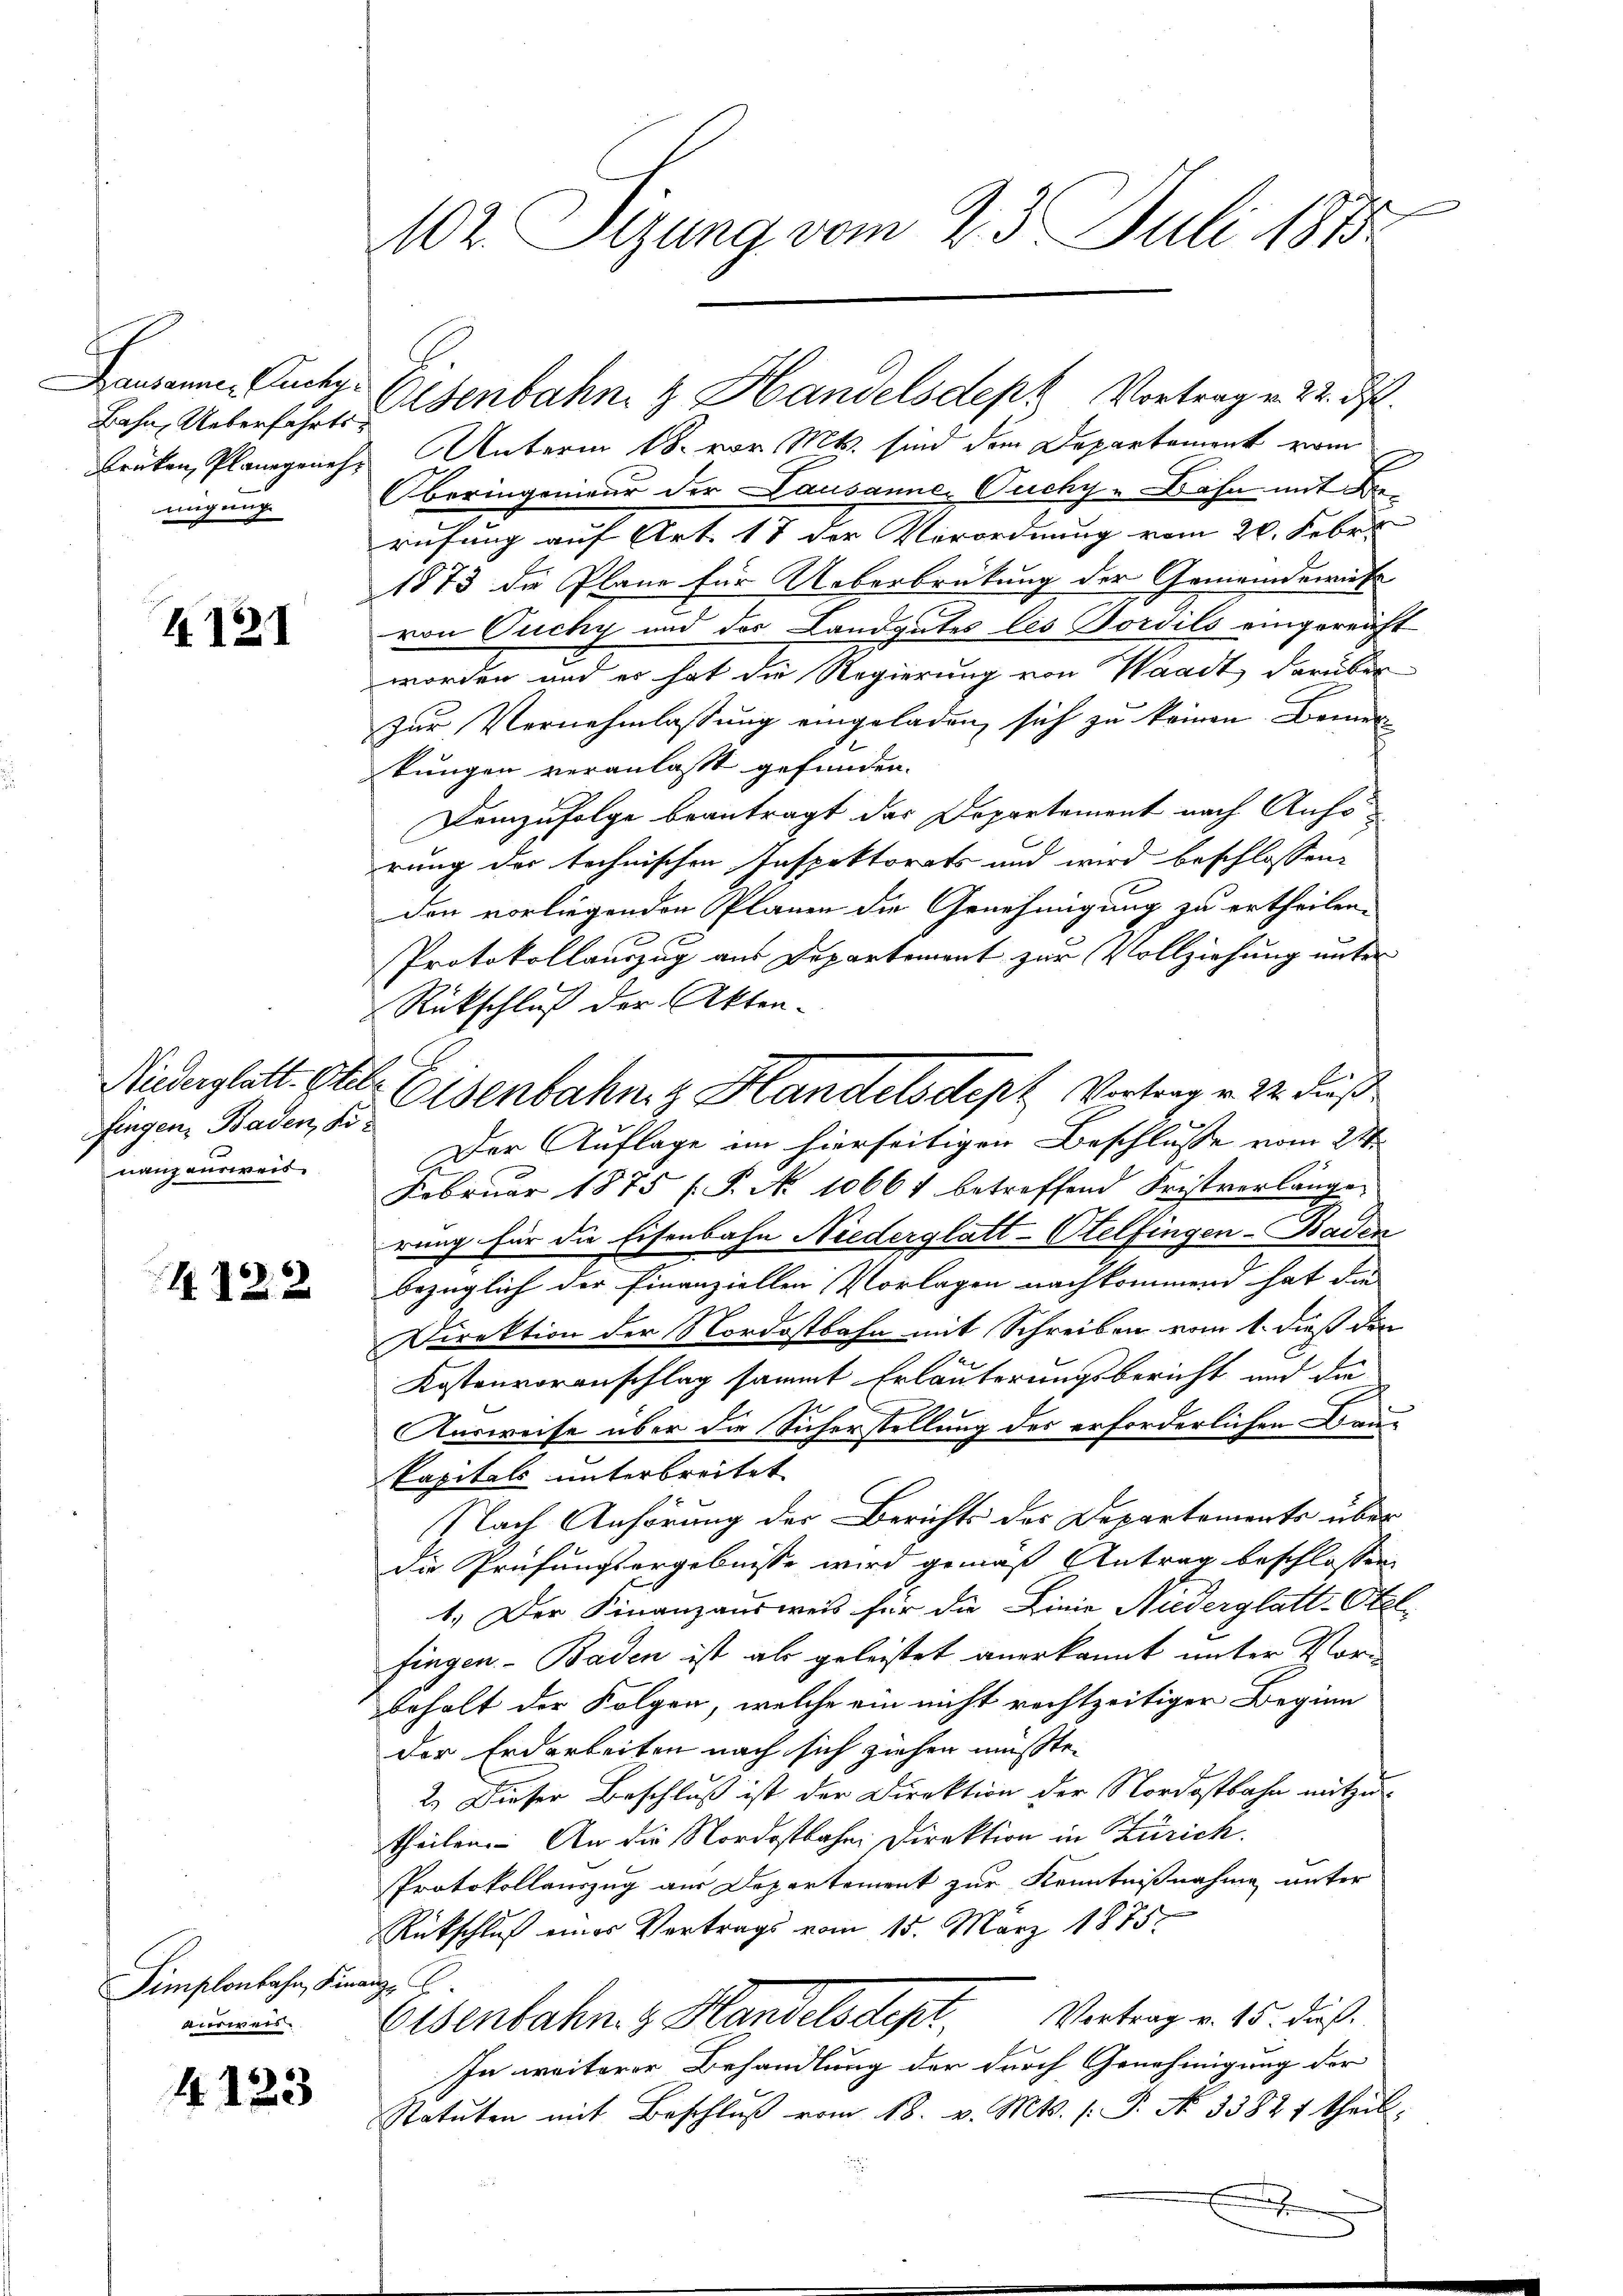
Bahn, Ueberfahrts¬
Brüken, Planegenehnigung

A121

fingen, Baden, Könanzausweis

4.122

Simplonbahn, in
ausweis.

4123

102 Sizung vom 23. Juli 1810

Unterm 18. vor. Mts. sind dem Departement vom
Oberingenieur der Lausanne. Ouchy-Bahn mit de
rufung auf Art. 17 der Verordnung vom 20. Febr.
1873 die Pläne für Ueberbrückung der Gemeindewirke
von Puchy und des Landgutes les Dordils eingereicht
worden und es hat die Regierung von Waadt, darüber
Zur Vernehmlassung eingeladen sich zu keinen Bemer
kungen veranlasst gefunden.
Demzufolge beantragt das Departement nach Anfo
rung des technischen Inspektorats und wird beschlossene
den vorliegenden Plänen die Genehmigung zu ertheilen.
Protokollauszug aus Departement zur Vollziehung unter
Rückschluß der Akten-
Der Auflage im hierseitigen Beschlusse vom 21
Februar 1875 (P. No 10661 betreffend Fristverlänge
rung für die Eisenbahn Niederglatt-Otelfingen-Baden
bezüglich der Finanziellen Vorlagen nachkommend hat die
Direktion der Nordostbahn mit Schreiben vom 1. dieß der
Kostenvoranschlag sammt Erläuterungsbericht und die
Ausweise über die Sicherstellung des erforderlichen Frau¬
Papitals unterbreitet
Nach Anhörung der Berichts des Departements über
die Prüfungsergebnisse wird gemäß Antrag beschlossen
1.) Der Finanzausweis für die Linie Niederglatt-Stel-
fingen - Baden ist als geleistet anerkannt unter Vor¬
Beholt der Folgen, welche ein nicht rechtzeitiger Beginn
der Erdarbeiten nach sich ziehen müßte.
2.) Dieser Beschluß ist der Direktion der Nordostbahn mitzutheilen. An die Nordostbahni Direktion in Zürich.
Protokollauszug aus Departement zur Kenntnißnahme unter
Rückschluß eines Vertrags vom 15. März 1875.
ach
Eisenbahn z. Handelsdept. Vertrag v. 15. dieß.
In weiterer Behandlung der durch Genehmigung der
Statuten mit Beschluß vom 18. v. Mts. s. S. No. 3382 f theil.
e

Hausen, Unter Eisenbahn & Handelsdept Vortrag. 22. d.

Niederglatt gelte Eisenbahniz Handelsdept Vortrag v. 22. dieß